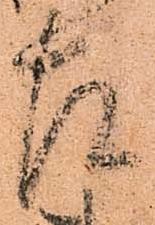
左